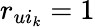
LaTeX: r_{ui_{k}}=1